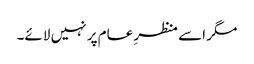
مگر اسے منظرِ عام پر نہیں لائے۔